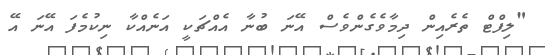
"ލިފްޓް ތެރެއިން ދިމާވެގެންވެސް އޭނަ ބުނާ އެއްޗަކީ އަނެއްކާ ނިކުމެފަ އޭނަ އޭ